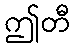
ဤတီ